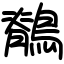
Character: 鶺